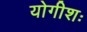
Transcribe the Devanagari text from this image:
योगीशः